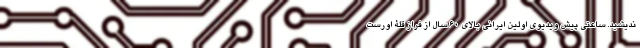
ندیشید. ساعتی پیش ویدیوی اولین ایرانی بالای 60 سال از فراز قلۀ اورست